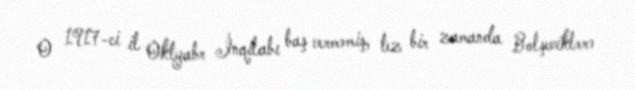
O 1917-ci il Oktyabr İnqilabı baş verməmiş, tez bir zamanda Bolşeviklərə